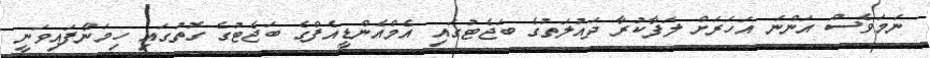
ނަމަވެސް އަންނަ އަހަރަށް ލަފާކުރާ ދައުލަތުގެ ބަޖެޓުގައި އެމްއެންޑީއެފްގެ ބަޖެޓުގެ ގޮތުގައި ހިމަނާފައިވަނީ